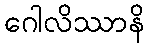
ဂေါလိဿာနိ